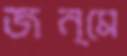
জন্মে